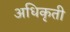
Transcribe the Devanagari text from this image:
अधिकृती